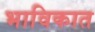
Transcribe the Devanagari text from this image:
भाविकात